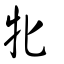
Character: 牝